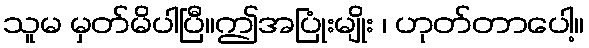
သူမ မှတ်မိပါပြီ။ဤအပြုံးမျိုး ၊ ဟုတ်တာပေါ့။